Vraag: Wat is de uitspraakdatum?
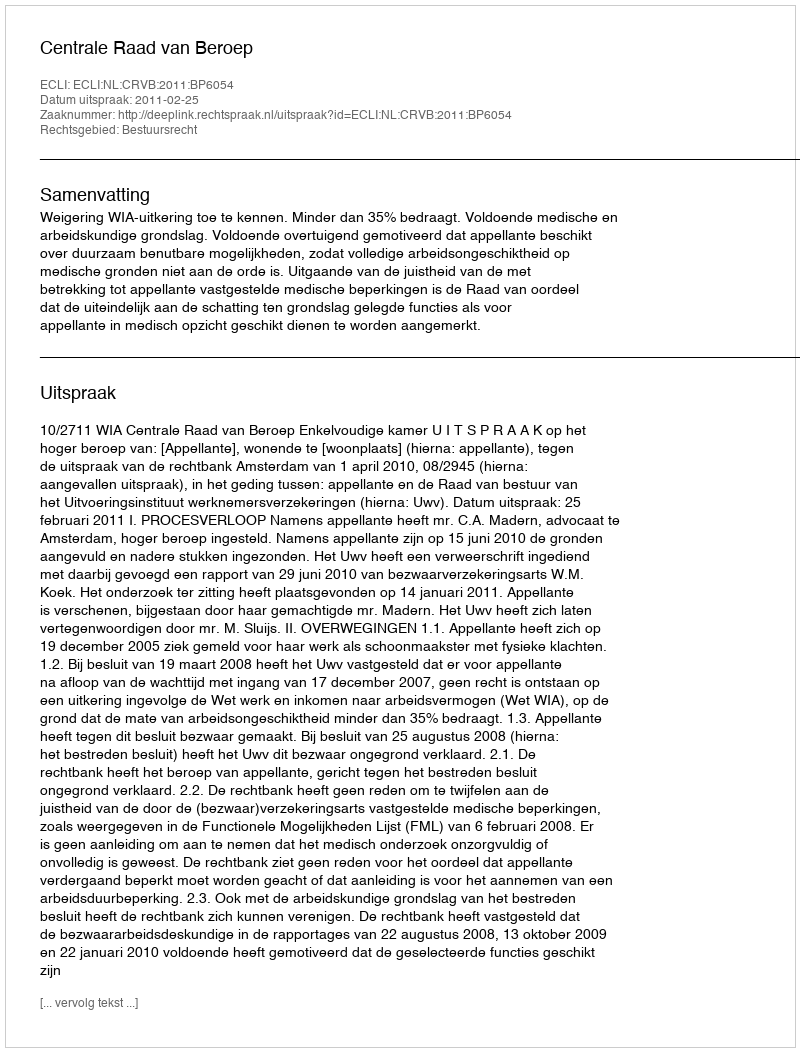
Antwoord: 2011-02-25